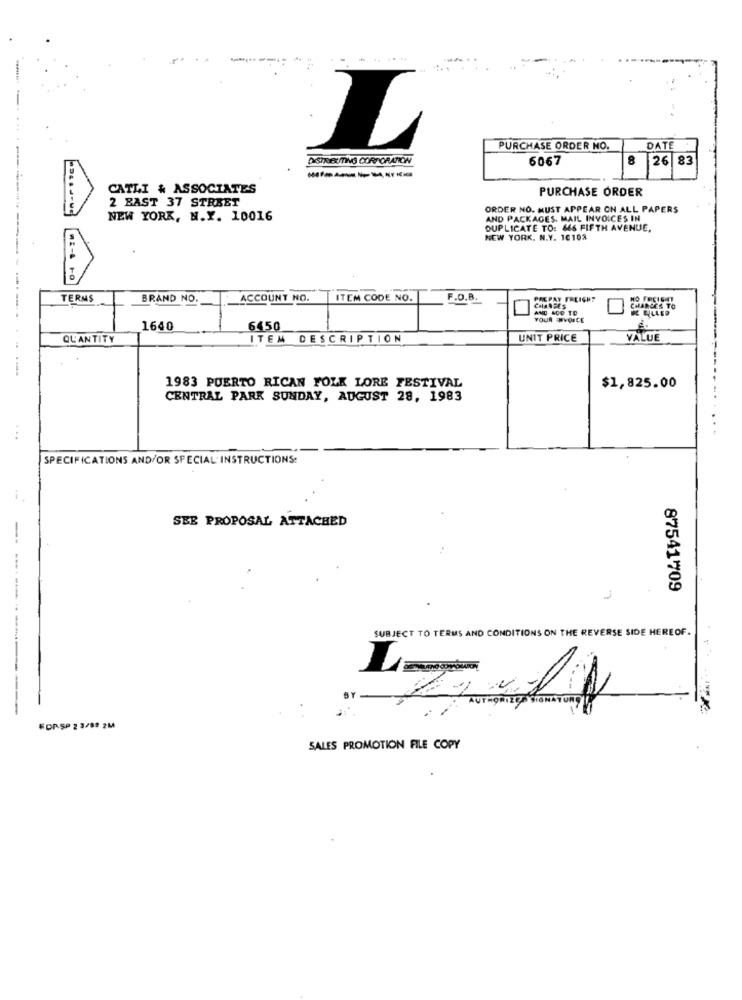
L
PURCHASE ORDER NO.
DATE
--
DISTRIBUTING CORPORATION
6067
8
26 83
--------
CATLI & ASSOCIATES
PURCHASE ORDER
2 EAST 37 STREET
ORDER NO. MUST APPEAR ON ALL PAPERS
NEW YORK, N.Y. 10016
AND PACKAGES. MAIL INVOICES IN
DUPLICATE TO: &S FIFTH AVENUE.
NEW YORK. N.Y. 10102
TERMS
BRAND NO.
ACCOUNT NO.
ITEM CODE NO.
F.O.B.
PREPAY FREIGHT
AND ACO TO
CHANGES
-.
YOUR INVOICE
1640
6450
QUANTITY
ITEM DESCRIPTION
UNIT PRICE
VALUE
1983 PUERTO RICAN FOLK LORE FESTIVAL
$1,825.00
CENTRAL PARK SUNDAY, AUGUST 28, 1983
...
SPECIFICATIONS AND/OR SPECIAL INSTRUCTIONS:
SEE PROPOSAL ATTACHED
--
87541709
SUBJECT TO TERMS AND CONDITIONS ON THE REVERSE SIDE HEREOF.
AUTHORIZED TONATURE
2.11
FOPSP 2 3/82 2M4
SALES PROMOTION FILE COPY